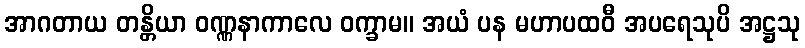
အာဂတာယ တန္တိယာ ဝဏ္ဏနာကာလေ ဝက္ခာမ။ အယံ ပန မဟာပထဝီ အပရေသုပိ အဋ္ဌသု